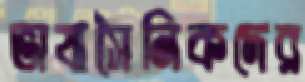
ভাষাসৈনিকদের